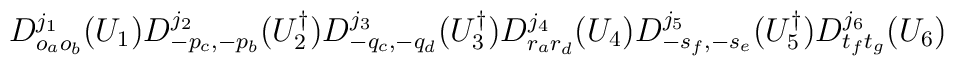
D^{j_1}_{o_ao_b}(U_1)D^{j_2}_{-p_c,-p_b}(U_2^\dagger)D^{j_3}_{-q_c,-q_d}(U_3^\dagger)D^{j_4}_{r_ar_d}(U_4)D^{j_5}_{-s_f,-s_e}(U_5^\dagger)D^{j_6}_{t_ft_g}(U_6)